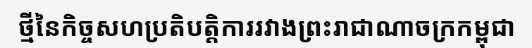
ថ្មីនៃកិច្ចសហប្រតិបត្តិការរវាងព្រះរាជាណាចក្រកម្ពុជា